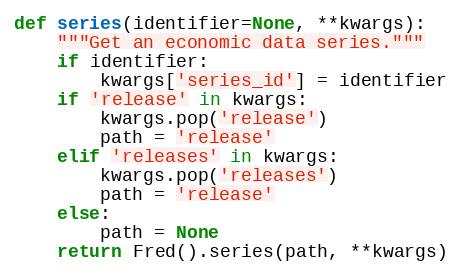
Language: Python
def series(identifier=None, **kwargs):
    """Get an economic data series."""
    if identifier:
        kwargs['series_id'] = identifier
    if 'release' in kwargs:
        kwargs.pop('release')
        path = 'release'
    elif 'releases' in kwargs:
        kwargs.pop('releases')
        path = 'release'
    else:
        path = None
    return Fred().series(path, **kwargs)